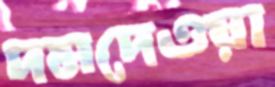
দমদেওয়া